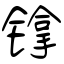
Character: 镎